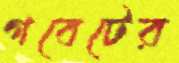
গবেটের